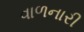
વાળનારી